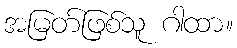
အမြတ်ဖြစ်သူ ဂါထာ။